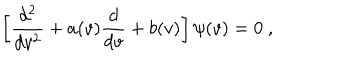
\left[ \frac { d ^ { 2 } } { d v ^ { 2 } } + a ( v ) \frac { d } { d v } + b ( v ) \right] \psi ( v ) = 0 ~ ,